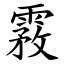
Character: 霚